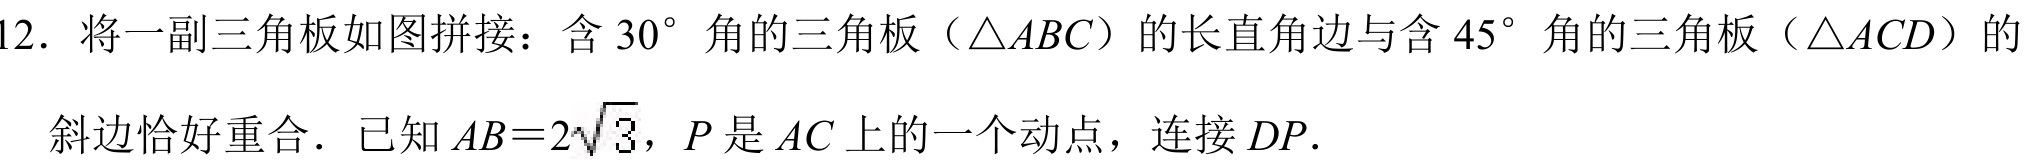
12. 将一副三角板如图拼接：含 \(30^{\circ}\) 角的三角板（\(\triangle ABC\)）的长直角边与含 \(45^{\circ}\) 角的三角板（\(\triangle ACD\)）的
斜边恰好重合．已知 \(AB = 2\sqrt{3}\)，\(P\) 是 \(AC\) 上的一个动点，连接 \(DP\).